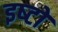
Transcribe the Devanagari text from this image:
इष्‍टों